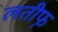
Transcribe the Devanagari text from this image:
लतीफ्